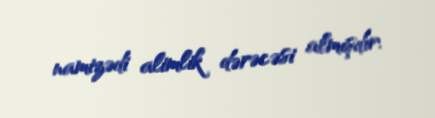
namizədi alimlik dərəcəsi almışdır.